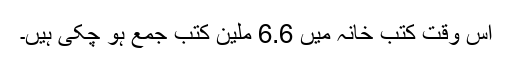
اس وقت کتب خانہ میں 6.6 ملین کتب جمع ہو چکی ہیں۔